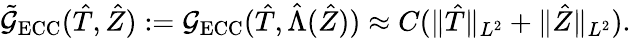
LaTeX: \tilde{\mathcal{G}}_{\mathrm{ECC}}(\hat{T},\hat{Z}):=\mathcal G_{\mathrm{ECC}}(\hat{T},\hat{\Lambda}(\hat{Z}))\approx C(\Vert\hat{T}\Vert_{{L^{2}}}+\Vert\hat{Z}\Vert_{{L^{2}}}).